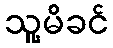
သူ့မိခင်